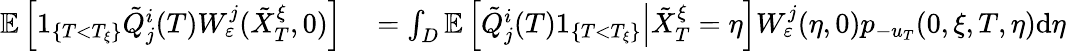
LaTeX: \begin{array}{rl}{\mathbb{E}\left[1_{\{ T<T_{\xi}\} }\tilde{Q}_{j}^{i}(T)W_{\varepsilon}^{j}(\tilde{X}_{T}^{\xi},0)\right]}&{{}=\int_{D}\mathbb{E}\left[\left.\tilde{Q}_{j}^{i}(T)1_{\{ T<T_{\xi}\} }\right|\tilde{X}_{T}^{\xi}=\eta\right]W_{\varepsilon}^{j}(\eta,0)p_{-u_{T}}(0,\xi,T,\eta)\textrm{d}\eta}\end{array}